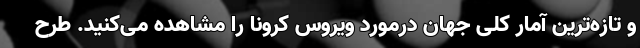
و تازه‌ترین آمار کلی جهان درمورد ویروس کرونا را مشاهده می‌کنید. طرح